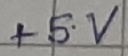
Text: +5V